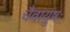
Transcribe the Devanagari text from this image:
चैवायुषः